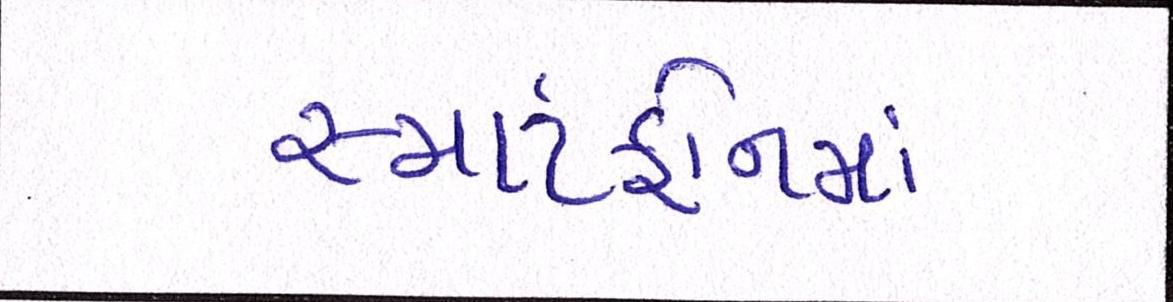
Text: સ્માર્ટફોનમાં